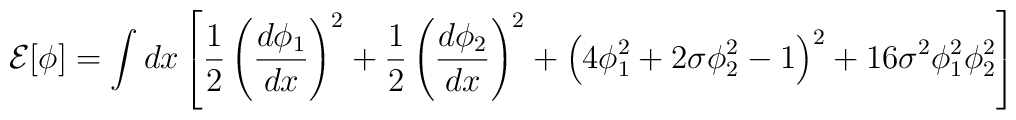
{\cal E}[\phi]=\int dx \left[ \frac{1}{2} \left(\frac{d \phi_1}{dx}\right)^2 + \frac{1}{2} \left(\frac{d \phi_2}{d x}\right)^2 +\left( 4 \phi_1^2+ 2 \sigma \phi_2^2-1 \right)^2 + 16 \sigma^2\phi_1^2 \phi_2^2 \right]